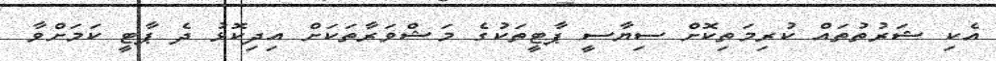
އެކި ޝަރުތުތައް ކުރިމަތިކޮށް ސިޔާސީ ޕާޓީތަކުގެ މަޝްވަރާތަކަށް އިދިކޮޅު ދެ ޕާޓީ ކަމަށްވާ